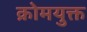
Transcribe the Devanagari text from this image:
क्रोमयुक्त